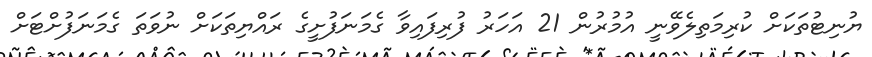
ޔުނިޓުތަކަށް ކުރިމަތިލެވޭނީ އުމުރުން 21 އަހަރު ފުރިފައިވާ ގެމަނަފުށީގެ ރައްޔިތަކަށް ނުވަތަ ގެމަނަފުށްޓަށް